Eesti_Rahvusfond, lk 85
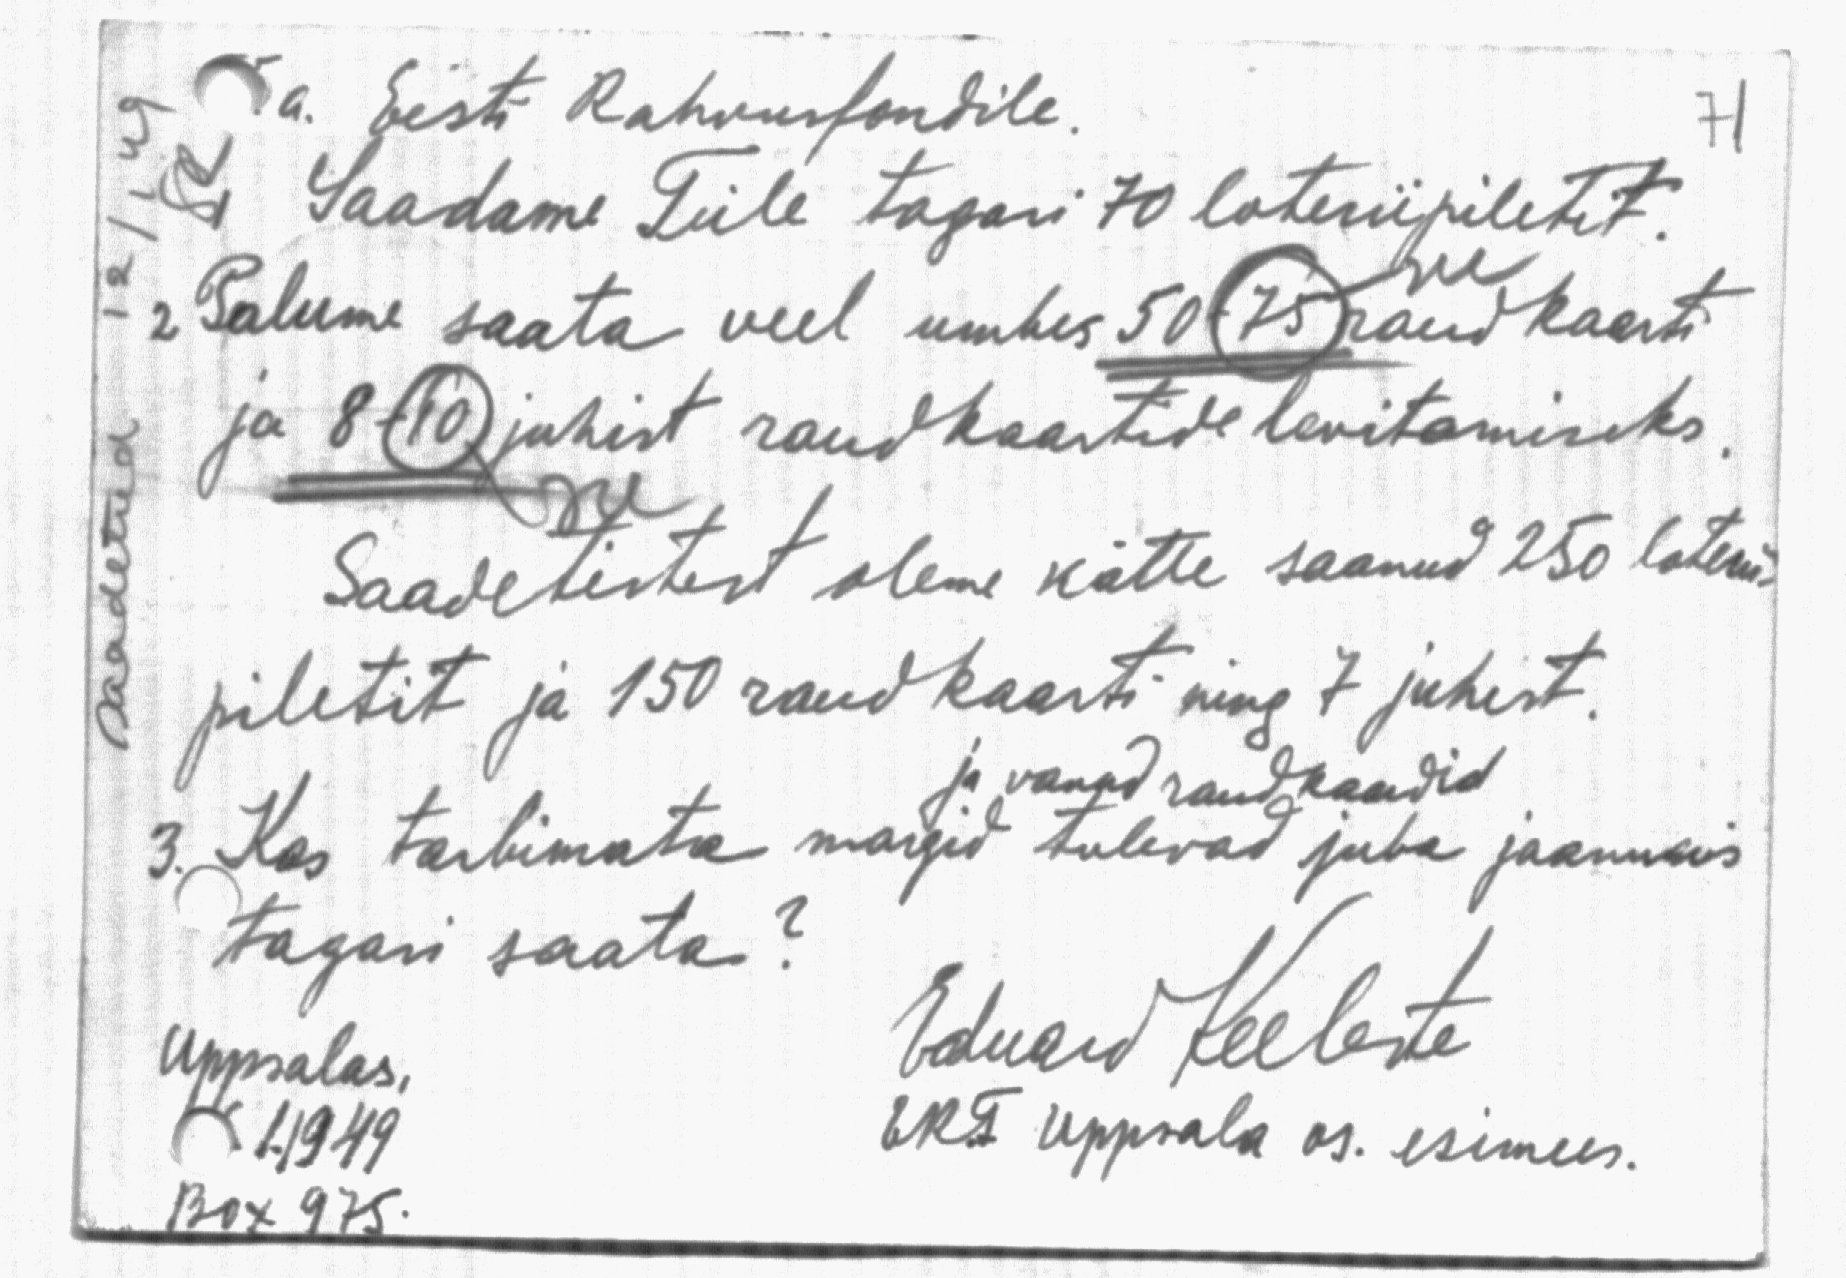
Va. Eesti Rahvusfondile.
Saadame Teile tagasi 70 loteriipiletit.
see
Palume saata veel umbes 50-75 raudkaarti
ja 8–10 juhist raudkaartide levitamiseks.
see
Saadetistest oleme kätte saanud 250 loterii-
piletit ja 150 raudkaarti ning 7 juhist.
ja vanad raudkaadid
3. Kas tarbimata margid tulevad juba jaanuaris
tagasi saata?
Uppsalas,
Eduard Keeleste
1. 1949
ERF Uppsala os. esimees.
Box 975.